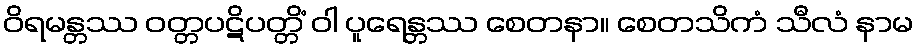
ဝိရမန္တဿ ဝတ္တပဋိပတ္တိံ ဝါ ပူရေန္တဿ စေတနာ။ စေတသိကံ သီလံ နာမ